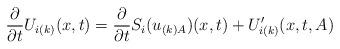
LaTeX: \begin{align*}\frac{\partial}{\partial t}U_{i(k)}(x,t)= \frac{\partial}{\partial t}S_i(u_{(k)A})(x,t)+U_{i(k)}'(x,t,A) \end{align*}